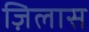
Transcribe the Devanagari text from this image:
ज़िलास